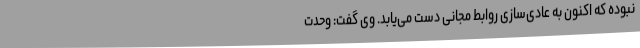
نبوده که اکنون به عادی‌سازی روابط مجانی دست می‌یابد. وی گفت: وحدت